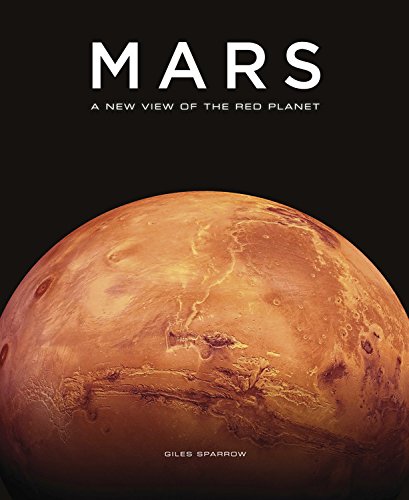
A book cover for Mars; Giles Sparrow; Science & Math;